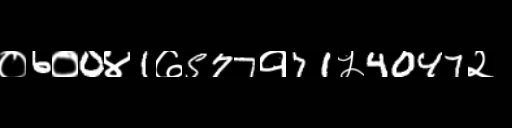
Text: ०6०0४1७577१71५4047२